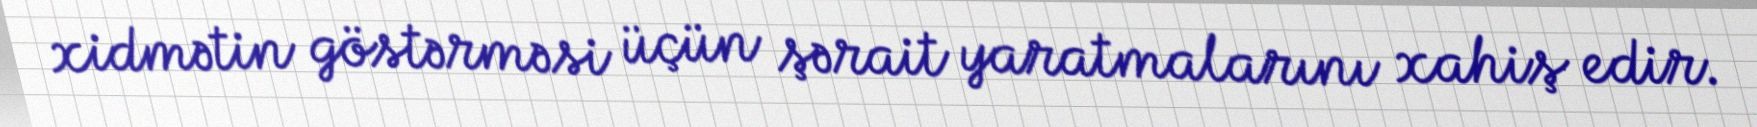
xidmətin göstərməsi üçün şərait yaratmalarını xahiş edir.